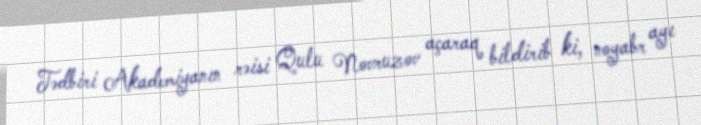
Tədbiri Akademiyanın rəisi Qulu Novruzov açaraq bildirib ki, noyabr ayı